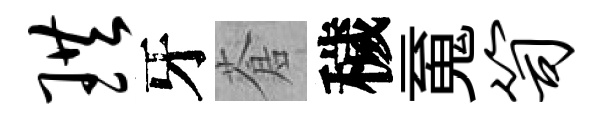
珙牙蒼穢䰟笥